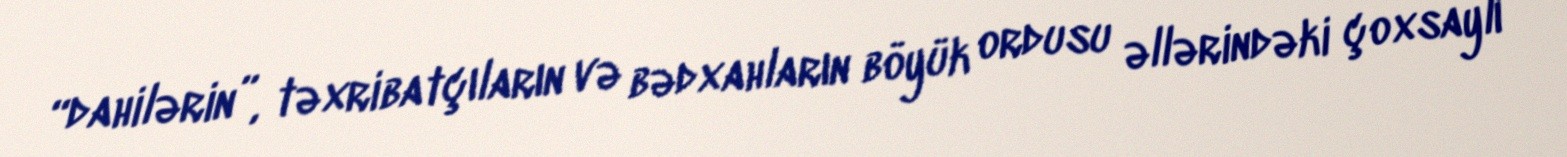
“dahilərin”, təxribatçıların və bədxahların böyük ordusu əllərindəki çoxsaylı